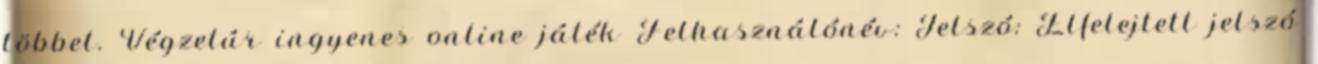
többet. Végzetúr ingyenes online játék Felhasználónév: Jelszó: Elfelejtett jelszó